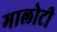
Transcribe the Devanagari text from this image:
मालोटी